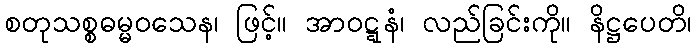
စတုသစ္စဓမ္မဝသေန၊ ဖြင့်။ အာဝဋ္ဋနံ၊ လည်ခြင်းကို။ နိဋ္ဌပေတိ၊